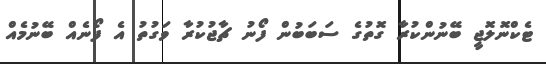
ޓެކްނޮލޮޖީ ބޭނުންކުރާ ގޮތުގެ ސަބަބުން ފޯނު ޗާޖުކުރާ ވަގުތު އެ ފޯނެއް ބޭނުމެއް